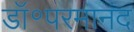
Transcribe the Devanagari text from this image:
डॉ॰परमानंद